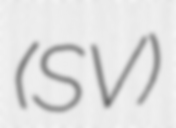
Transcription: (SV)